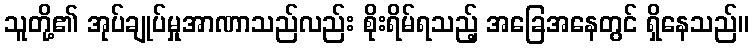
သူတို့၏ အုပ်ချုပ်မှုအာဏာသည်လည်း စိုးရိမ်ရသည့် အခြေအနေတွင် ရှိနေသည်။